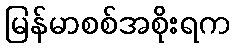
မြန်မာစစ်အစိုးရက